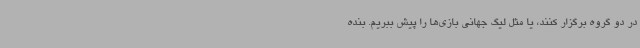
در دو گروه برگزار کنند، یا مثل لیگ جهانی بازی‌ها را پیش ببریم. بنده